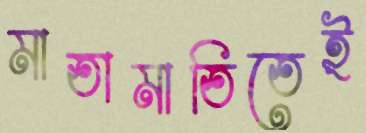
মাতামাতিতেই